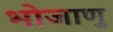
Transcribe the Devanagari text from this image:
भोजाणु